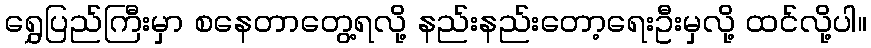
ရွှေပြည်ကြီးမှာ စနေတာတွေ့ရလို့ နည်းနည်းတော့ရေးဦးမှလို့ ထင်လို့ပါ။